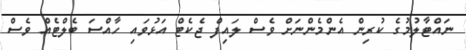
ނައްޓާލުމުގެ ކުރިން އެންމެންނަށް ވެސް ލައިފް ޖެކެޓް އަޅުވައި ހާއްސަ ބެލްޓެއް ވެސް